Medical and sanitary report of the native army of Bengal for the year
Year: 1875
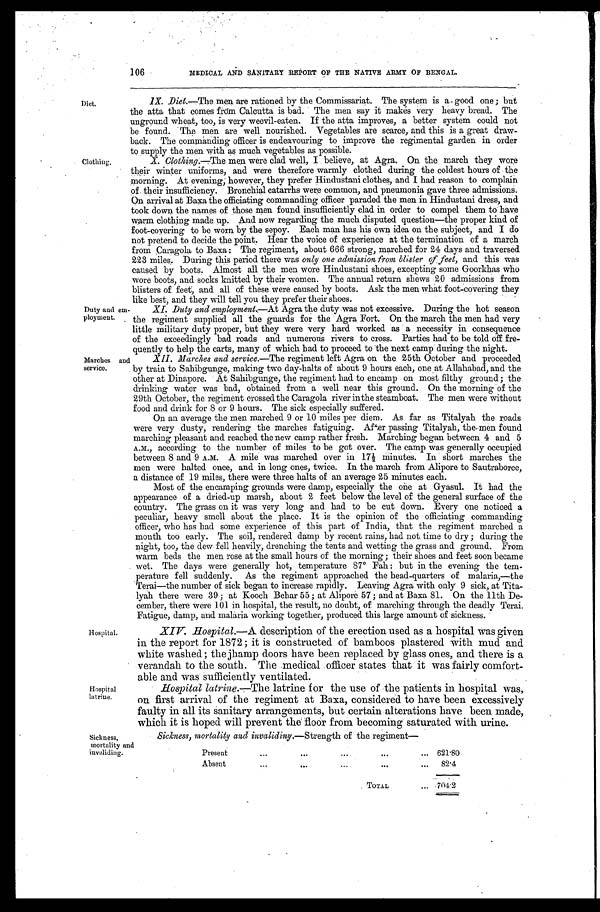
106 MEDICAL AND SANITARY REPORT OF THE NATIVE ARMY OF BENGAL.
Diet.
Clothing,
IX.
Diet.—The men are rationed by the Commissariat. The system is a good one; but
the atta that comes from Calcutta is bad. The men say it makes very heavy bread. The
unground wheat, too, is very weevil-eaten. If the atta improves, a better system could not
be found. The men are well nourished. Vegetables are scarce, and this is a great draw
-
back. The commanding officer is endeavouring to improve the regimental garden in order
to supply the men with as much vegetables as possible.
X. Clothing.— The men were clad well, I believe, at Agra. Un the march they wore
their winter uniforms, and were therefore warmly clothed during the coldest hours of the
morning. At evening, however, they prefer Hindustani clothes, and I had reason to complain
of their insufficiency. Bronchial catarrhs were common, and pneumonia gave three admissions.
On arrival at Baxa the officiating commanding officer paraded the men in Hindustani dress, and
took down the names of those men found insufficiently clad in order to compel them to have
warm clothing made up. And now regarding the much disputed question—the proper kind of
foot-covering to be worn by the sepoy. Each man has his own idea on the subject, and I do
not pretend to decide the point. Hear the voice of experience at the termination of a march
from Caragola to Baxa: The regiment, about 666 strong, marched for 24 days and traversed
223 miles. During this period there was only one admission from blister of feet, and this was
caused by boots. Almost all the men wore Hindustani shoes, excepting some Goorkhas who
wore boots, and socks knitted by their women. The annual return shews 20 admissions from
blisters of feet, and all of these were caused by boots. Ask the men what foot-covering they
like best, and they will tell you they prefer their shoes.
Duty and em-
ployment.
Marches and
service.
XI Duty and employment.— At Agra the duty was not excessive. During the hot season
the regiment supplied all the guards for the Agra Fort. On the march the men had very
little military duty proper, but they were very hard worked as a necessity in consequence
of the exceedingly bad roads and numerous rivers to cross. Parties had to be told off fre-
quently to help the carts, many of which had to proceed to the next camp during the night.
XII. Marches and service.—The regiment left Agra on the 25th October and proceeded
by train to Sahibgunge, making two day-halts of about 9 hours each, one at Allahabad, and the
other at Dinapore. At Sahibgunge, the regiment had to encamp on most filthy ground; the
drinking water was bad, obtained from a well near this ground. On the morning of the
9th October, the regiment crossed the Caragola river in the steamboat. The men were without
food and drink for 8 or 9 hours. The sick especially suffered.
On an average the men marched 9 or 10 miles per diem. As far as Titalyah the roads
were very dusty, rendering the marches fatiguing. After passing Titalyah, the men found
marching pleasant and reached the new camp rather fresh. Marching began between 4 and 5
A.M., according to the number of miles to be got over. The camp was generally occupied
between 8 and 9 A.M. A mile was marched over in 17½ minutes. In short marches the
men were halted once, and in long ones, twice. In the march from Alipore to Sautraboree,
distance of 19 miles, there were three halts of an average 25 minutes each.
Most of the encamping grounds were damp, especially the one at Gyasul. It had the
appearance of a dried-up marsh, about 2 feet below the level of the general surface of the
country. The grass on it was very long and had to be cut down. Every one noticed a
peculiar, heavy smell about the place. It is the opinion of the officiating commanding
officer, who has had some experience of this part of India, that the regiment marched a
month too early. The soil, rendered damp by recent rains, had not time to dry ; during the
night, too, the dew fell heavily, drenching the tents and wetting the grass and ground. From
warm beds the men rose at the small hours of the morning ; their shoes and feet soon became
wet. The days were generally hot, temperature 87° Fah : but in the evening the tem
-
perature fell suddenly. As the regiment approached the head-quarters of malaria,—the
Terai—the number of sick began to increase rapidly. Leaving Agra with only 9 sick, at Tita
-
lyah there were 39 ; at Kooch Behar 55 ; at Alipore 57 ; and at Baxa 81. On the 11th De
-
cember, there were 101 in hospital, the result, no doubt, of marching through the deadly Terai.
Fatigue, damp, and malaria working together, produced this large amount of sickness.
Hospital.
Hospital
latrine.
Sickness,
mortality and
invaliding.
XIV Hospital.— A description of the erection used as a hospital was given
in the report for 1872 ; it is constructed of bamboos plastered with mud and
white washed ; the jhamp doors have been replaced by glass ones, and there is a
verandah to the south. The medical officer states that it was fairly comfort
-
able and was sufficiently ventilated.
Hospital latrine.— The latrine for the use of the patients in hospital was,
on first arrival of the regiment at Baxa, considered to have been excessively
faulty in all its sanitary arrangements, but certain alterations have been made,
which it is hoped will prevent the floor from becoming saturated with urine.
Sickness, mortality and invalidiny.— Strength of the regiment
Present
.
.
.
621.80
Absent
.
.
.
82.4
TOTAL . . .
704.2